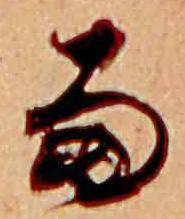
雨